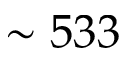
\sim 5 3 3